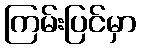
ကြမ်းပြင်မှာ